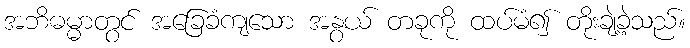
အဘိဓမ္မာတွင် အခြေခံကျသော အနွယ် တခုကို ထပ်မံ၍ တိုးချဲ့ခဲ့သည်။